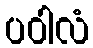
ပဝါလံ